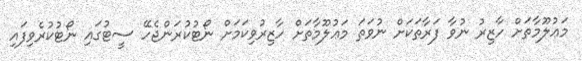
މަޢުލޫމާތަށް ހާޒިރު ނުވާ ފަރާތަކަށް ނުވަތަ މަޢުލޫމާތަށް ހާޒިރުވިކަމަށް ނޯޓުކުރަންޖެހޭ ސީޓުގައި ނޯޓުކުރެވިފައި